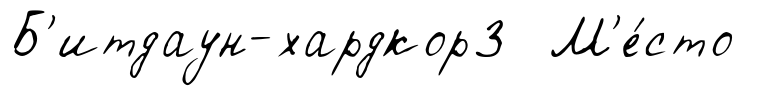
Б'итдаун-хардкор3 М'е́сто